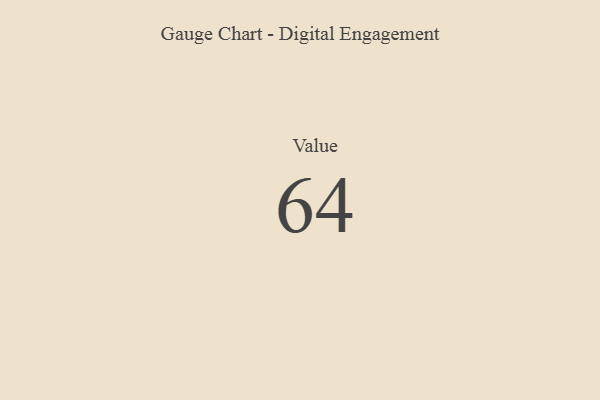
{"axis": {"x": "Metric", "y": "Value"}, "legend": [""], "data": [{"x": "Value", "y": 64, "type": ""}]}